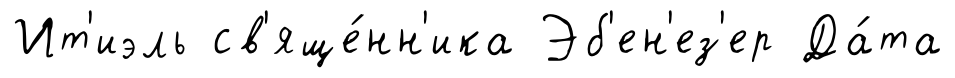
Ит'иэль св'яще́нн'ика Эб'ен'ез'ер Да́та